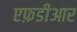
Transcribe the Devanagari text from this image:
एफ़डीआर